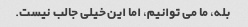
بله، ما می توانیم، اما این خیلی جالب نیست.